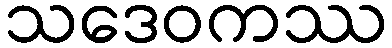
သဒေဝကဿ